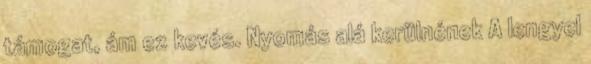
támogat, ám ez kevés. Nyomás alá kerülnének A lengyel